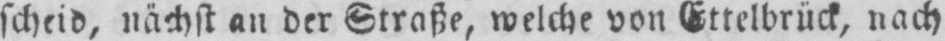
scheid, nächst an der Straße, welche von Ettelbrück, nach